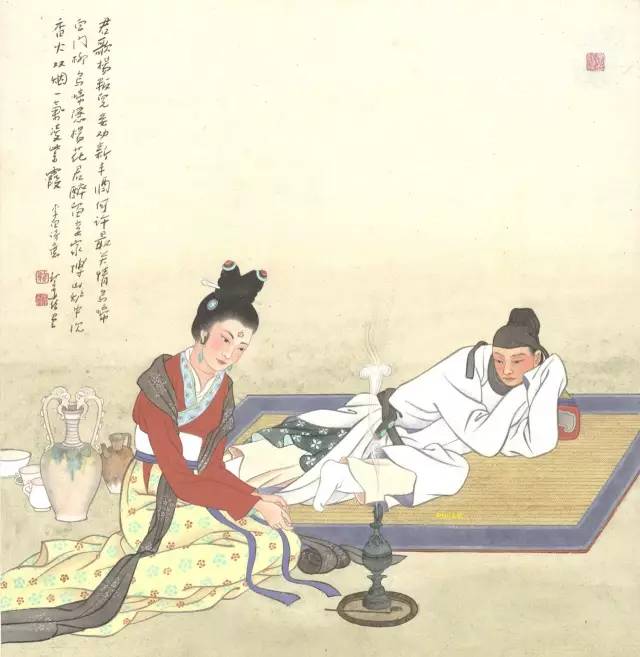
乌啼隐杨花，君醉留妾家。